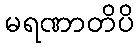
မရဏာတိပိ